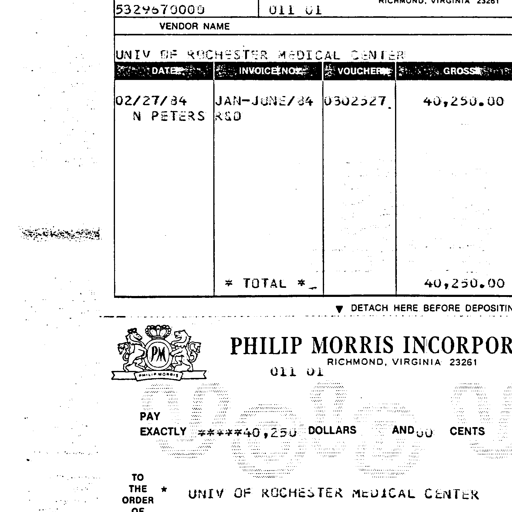
5329670000 011 01
VENDOR NAME
UNIV OF ROCHESTER MEDICAL CENTER
DATE INVOICE NO. VOUCHER GROSS
02/27/84 JAN-JUNE/84 0302527 40,250.00
N PETERS RSO
* TOTAL * 40,250.00
▼ DETACH HERE BEFORE DEPOSITIN
PHILIP MORRIS INCORPOR
RICHMOND, VIRGINIA 23261
011 01
PAY
EXACTLY ****40,250 DOLLARS AND 00 CENTS
TO
THE * UNIV OF ROCHESTER MEDICAL CENTER
ORDER
OF